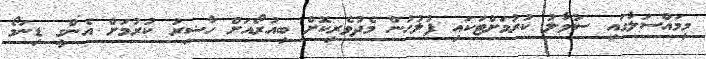
މިމައްސަލާގައި ސުވާލު ކުރުމަށްޓަކައި ފުލުހުން މެދުވެރިކޮށް ބިއުރޯއަށް ހާޟިރު ކުރުމަށް އެންގީ ޑިނަމޯ